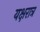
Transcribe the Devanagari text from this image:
यक्षरात्र